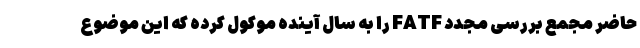
حاضر مجمع بررسی مجدد FATF را به سال آینده موکول کرده که این موضوع